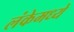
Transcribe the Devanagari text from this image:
लंकेमध्ये